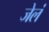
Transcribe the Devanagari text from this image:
जेलं